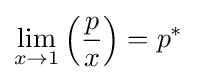
\lim _{x\to 1}\left({\frac {p}{x}}\right)=p^{*}